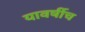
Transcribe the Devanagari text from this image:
यावर्षीच